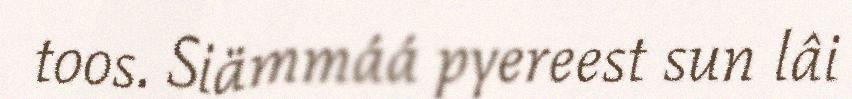
toos. Siämmáá pyereest sun lâi